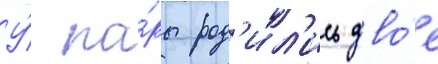
У́ па́ры род'ил'ись дво́е